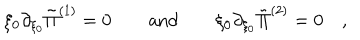
\xi _ { 0 } \partial _ { \xi _ { 0 } } \tilde { \Pi } ^ { ( 1 ) } = 0 \qquad \mathrm { a n d } \qquad \xi _ { 0 } \partial _ { \xi _ { 0 } } \tilde { \Pi } ^ { ( 2 ) } = 0 \quad ,